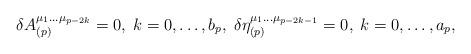
LaTeX: \begin{align*}\delta A_{(p)}^{\mu _1\ldots \mu _{p-2k}}=0,\;k=0,\ldots,b_p,\;\delta \eta _{(p)}^{\mu _1\ldots \mu _{p-2k-1}}=0,\;k=0,\ldots ,a_p,\end{align*}